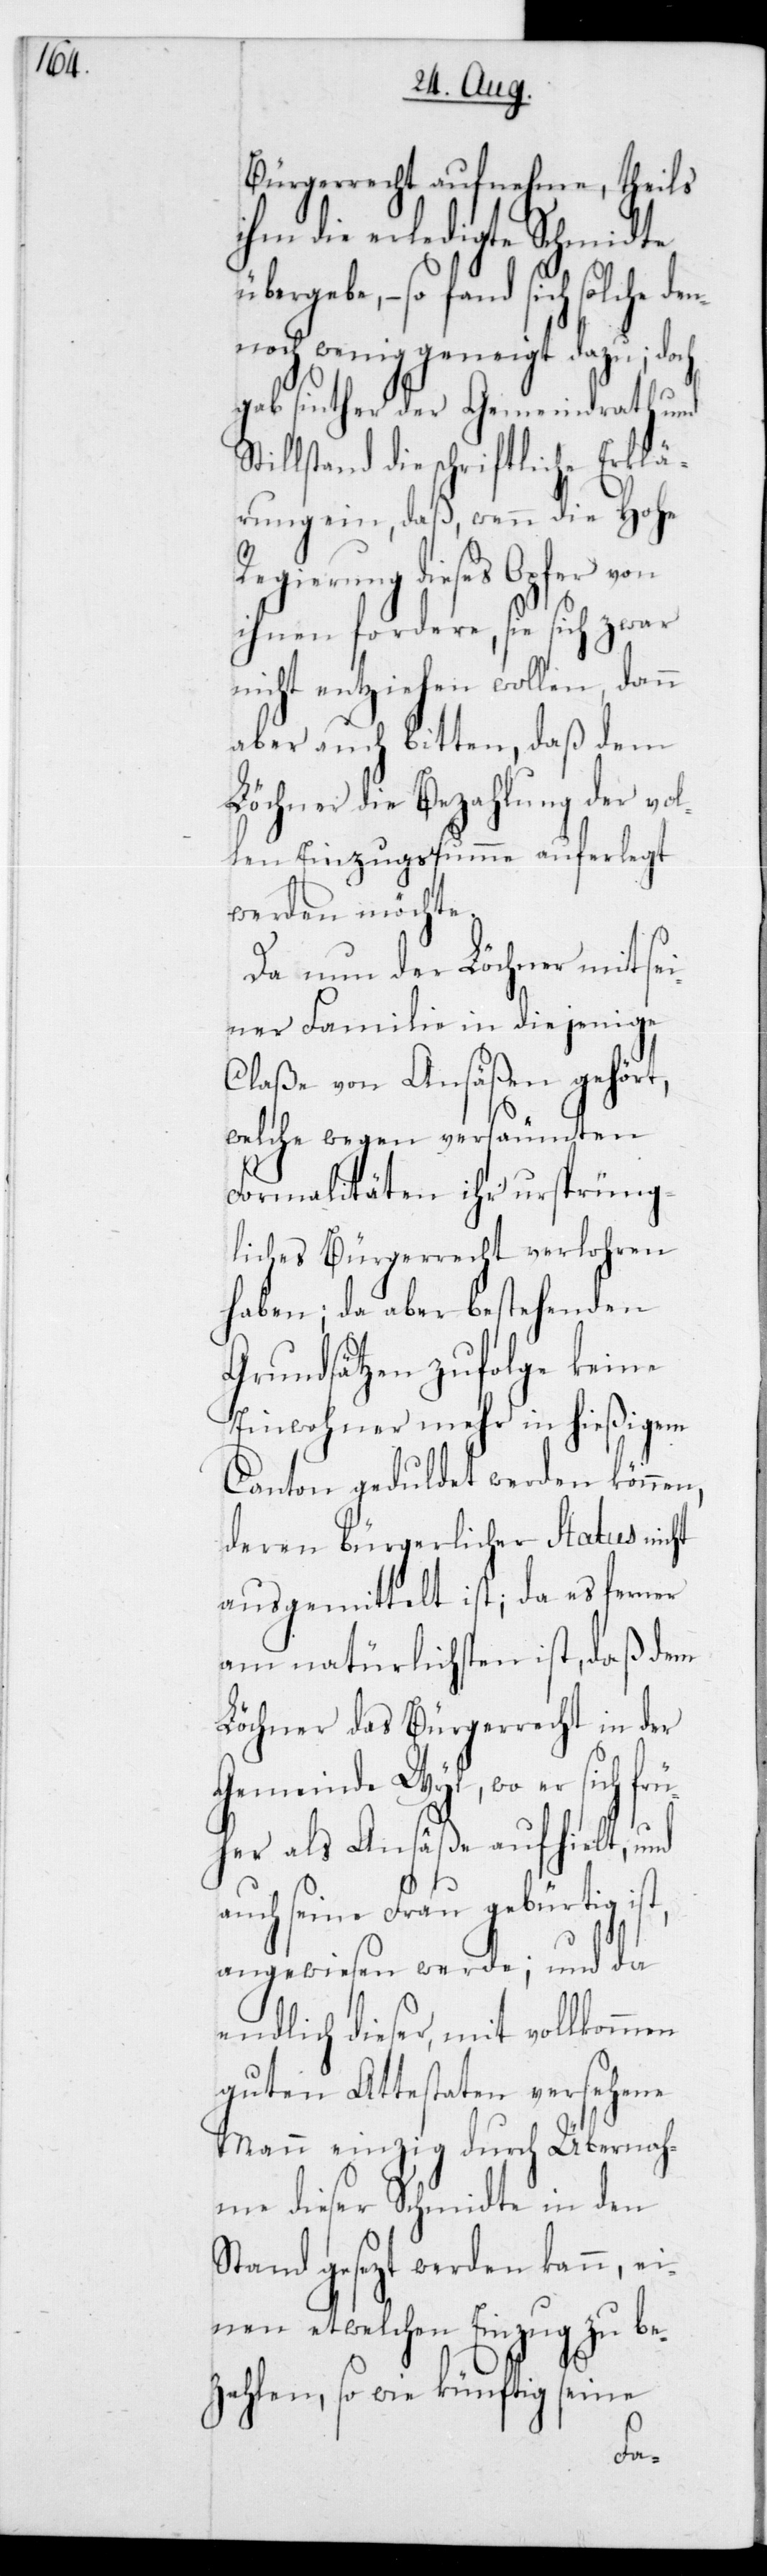
Bürgerrecht aufnehme, theils
ihm die erledigte Schmidte
übergebe, – so fand sich solche de¬
nnoch wenig geneigt dazu; doch
gab sinther der Gemeindrath und
tillstand die schriftliche Erklä¬
rung ein, daß wenn die Hohe
Regierung dieses
ihnen fordere, sie sich zwar
nicht entziehen wollen, dann
aber auch bitten, daß dem
Löchner die Bezahlung der vol¬
len Einzugssumme auferlegt
werden möchte.
Da nun der Löchner mit sei¬
ner Familie in diejenige
Claße von Ansäßen gehört,
welche wegen versäumten
Formalitäten ihr ursprüng¬
liches Bürgerrecht verlohren
haben; da aber bestehenden
Grundsätzen zufolge keine
Einwohner mehr in hießigem
Canton geduldet werden können,
deren bürgerlicher Status nicht
ausgemittelt ist; da es ferner
am natürlichsten ist, daß dem
Löchner das Bürgerrecht in der
Gemeinde Wyl, wo er sich f¬
her als Ansäße aufhielt, und
auch seine Frau gebürtig ist,
angewiesen werde; und da
endlich dieser, mit vollkommen
guten Attestaten versehene
Mann einzig durch Übernah¬
me dieser Schmidte in den¬
Stand gesezt werden kann, ei¬
nen etwelchen Einzug zu be¬
zahlen, sowie künftig seine
rü¬